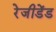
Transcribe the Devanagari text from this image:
रेजीडेंड